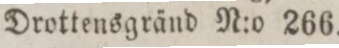
Drottensgränd N:o 266.